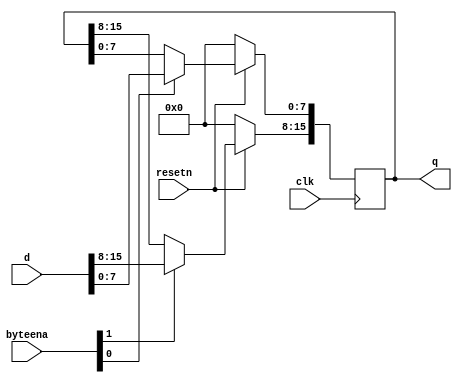
module top_module (
    input clk,
    input resetn,
    input [1:0] byteena,
    input [15:0] d,
    output [15:0] q
);

    always@(posedge clk) begin 
        if (!resetn) begin 
        	q  <= 16'd0;
        end 
        
		else begin
            q[15:8] <= (byteena[1])? d[15:8]:q[15:8] ;
        	q[7:0] <= (byteena[0])? d[7:0]:q[7:0] ;
        end
    end
endmodule